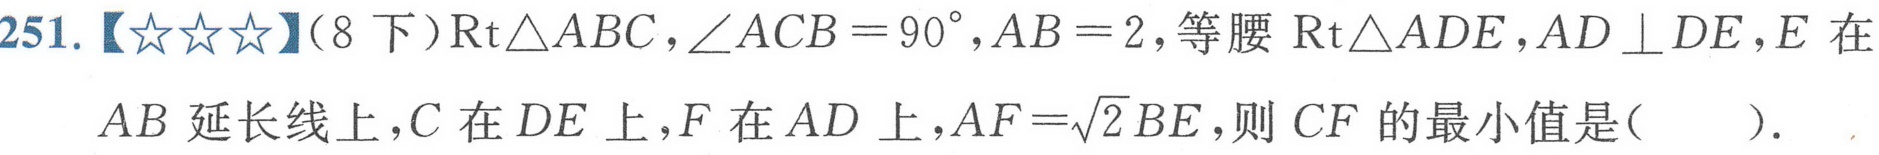
251.【★★★】(8 下)\(\text{Rt}\triangle ABC\),\(\angle ACB = 90^{\circ}\),\(AB = 2\),等腰\(\text{Rt}\triangle ADE\),\(AD\perp DE\),\(E\)在\(AB\)延长线上，\(C\)在\(DE\)上，\(F\)在\(AD\)上，\(AF=\sqrt{2}BE\)，则\(CF\)的最小值是( ).